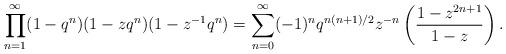
LaTeX: \begin{align*}\prod_{n=1}^{\infty}(1-q^{n})(1-zq^{n})(1-z^{-1}q^{n})=\sum_{n=0}^{\infty}(-1)^{n}q^{n(n+1)/2}z^{-n}\left(\dfrac{1-z^{2n+1}}{1-z}\right).\end{align*}